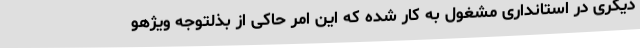
دیگری در استانداری مشغول به کار شده که این امر حاکی از بذلتوجه ویژهو